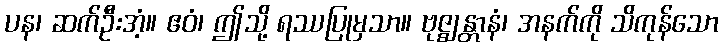
ပန၊ ဆက်ဦးအံ့။ ဧဝံ၊ ဤသို့ ရဿပြုမှသာ။ ဗုဇ္ဈန္တာနံ၊ အနက်ကို သိကုန်သော